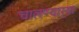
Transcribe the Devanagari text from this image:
चालण्यार्‍या